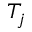
T _ { j }